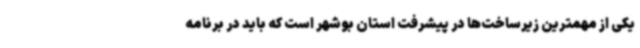
یکی از مهمترین زیرساخت‌ها در پیشرفت استان بوشهر است که باید در برنامه